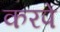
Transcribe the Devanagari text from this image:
करपे